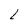
Character: L